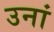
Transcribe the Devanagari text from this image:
उनां